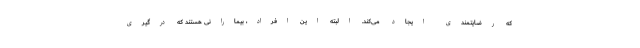
که رضایتمندی ایجاد می‌کند. البته این افراد، بیمارانی هستند که درگیری